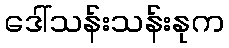
ဒေါ်သန်းသန်းနုက